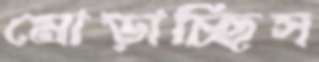
মোড়াচ্ছিস